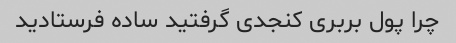
چرا پول بربری کنجدی گرفتید ساده فرستادید